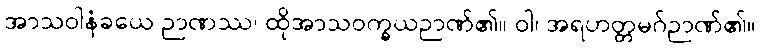
အာသဝါနံခယေ ဉာဏဿ၊ ထိုအာသဝက္ခယဉာဏ်၏။ ဝါ၊ အရဟတ္တမဂ်ဉာဏ်၏။